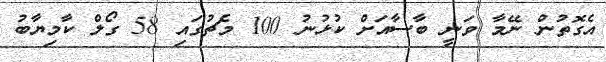
އެގޮތުން ނޭމާ ވަނީ ބާސާއަށް ކުޅުނު 100 މެޗުގައި 58 ގޯލް ކާމިޔާބު